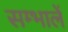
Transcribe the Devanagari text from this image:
सम्भालें